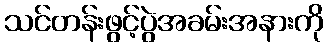
သင်တန်းဖွင့်ပွဲအခမ်းအနားကို